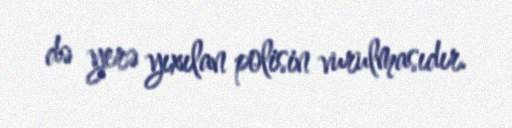
də yerə yıxılan polisin vurulmasıdır.